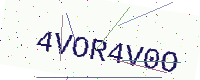
Text: 4VOR4V0O